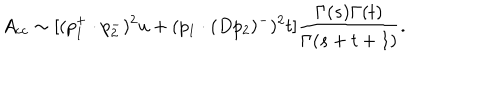
A _ { c c } \sim [ ( p _ { 1 } ^ { + } \cdot p _ { 2 } ^ { - } ) ^ { 2 } u + ( p _ { 1 } \cdot ( D p _ { 2 } ) ^ { - } ) ^ { 2 } t ] \frac { \Gamma ( s ) \Gamma ( t ) } { \Gamma ( s + t + 1 ) } .